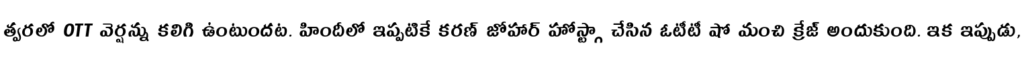
త్వరలో OTT వెర్షన్ను కలిగి ఉంటుందట. హిందీలో ఇప్పటికే కరణ్ జోహార్ హోస్ట్గా చేసిన ఓటీటీ షో మంచి క్రేజ్ అందుకుంది. ఇక ఇప్పుడు,